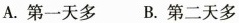
A.第一天多B.第二天多